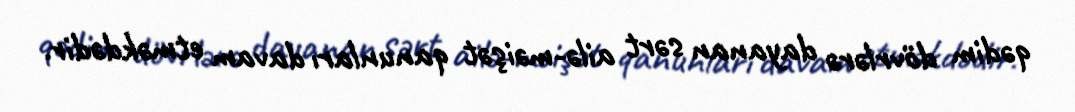
qədim dövrlərə dayanan sərt ailə-məişət qanunları davam etməkdədir.